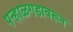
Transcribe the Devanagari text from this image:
पन्हाळगडावरून